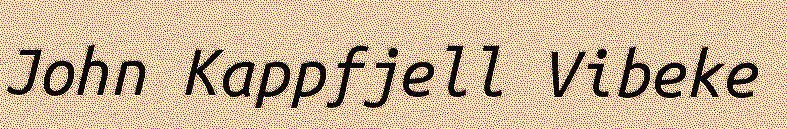
John Kappfjell Vibeke